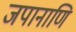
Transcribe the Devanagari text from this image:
जपानाणि